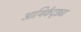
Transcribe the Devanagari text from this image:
आथिर्कदृष्ट्या